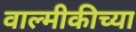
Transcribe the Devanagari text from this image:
वाल्मीकीच्या